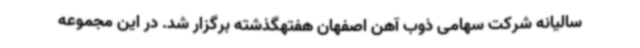
سالیانه شرکت سهامی ذوب آهن اصفهان هفتهگذشته برگزار شد. در این مجموعه